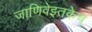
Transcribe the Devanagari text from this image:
जाणिवेइतकेच